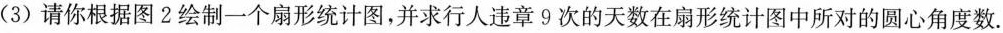
(3)请你根据图2绘制一个扇形统计图，并求行人违章9次的天数在扇形统计图中所对的圆心角度数.